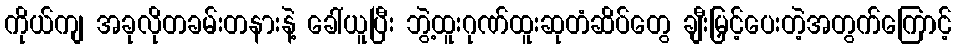
ကိုယ်ကျ အခုလိုတခမ်းတနားနဲ့ ခေါ်ယူပြီး ဘွဲ့ထူးဂုဏ်ထူးဆုတံဆိပ်တွေ ချီးမြှင့်ပေးတဲ့အတွက်ကြောင့်